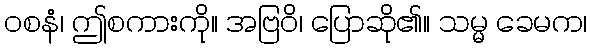
ဝစနံ၊ ဤစကားကို။ အဗြဝိ၊ ပြောဆို၏။ သမ္မ ခေမက၊